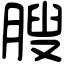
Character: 膄